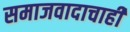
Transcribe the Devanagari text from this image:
समाजवादाचाही